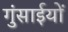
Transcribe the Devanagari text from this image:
गुंसाईयों